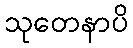
သုတေနာပိ